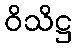
ဝိသိဋ္ဌ